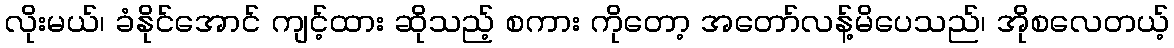
လိုးမယ်၊ ခံနိုင်အောင် ကျင့်ထား ဆိုသည့် စကား ကိုတော့ အတော်လန့်မိပေသည်၊ အိုစလေတယ့်